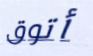
أتوق